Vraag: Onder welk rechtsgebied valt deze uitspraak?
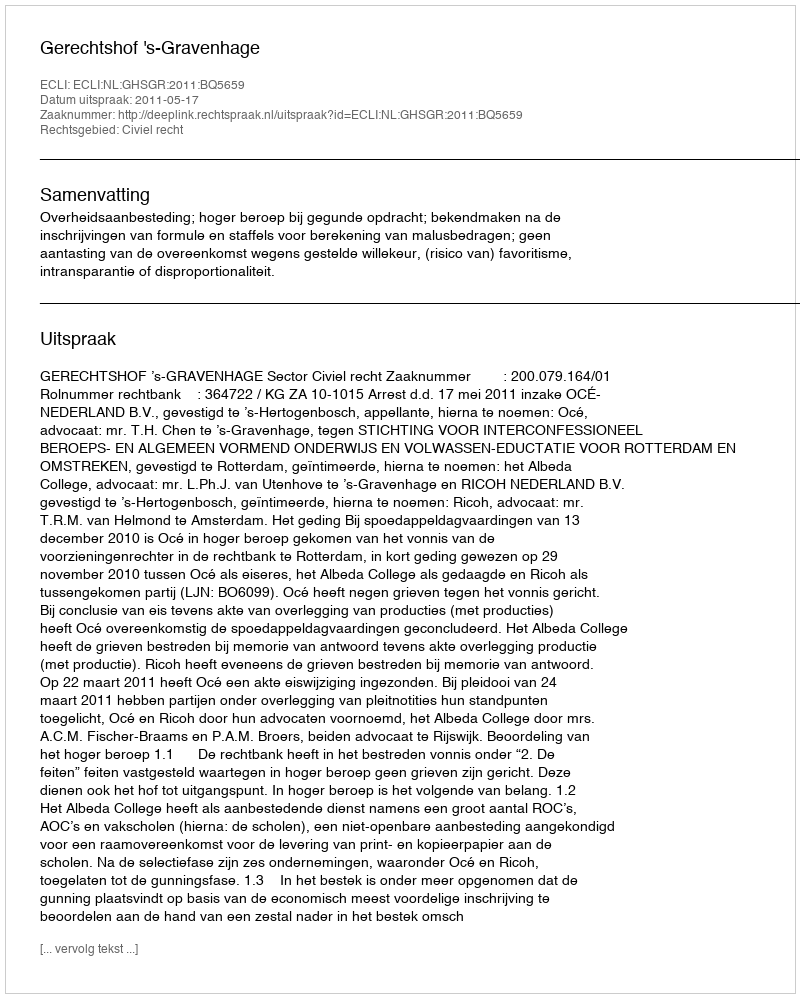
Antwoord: Civiel recht